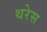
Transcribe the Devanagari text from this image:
थरेस